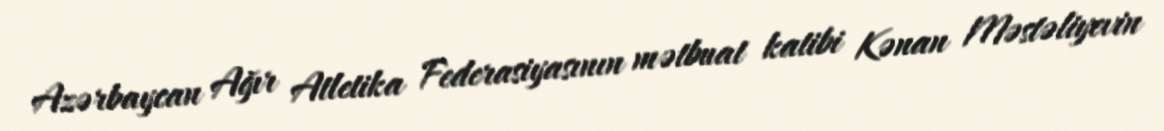
Azərbaycan Ağır Atletika Federasiyasının mətbuat katibi Kənan Məstəliyevin